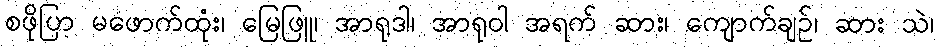
စဖိုပြာ မဖောက်ထုံး၊ မြေဖြူ၊ အာရုဒါ၊ အာရုဝါ အရက် ဆား၊ ကျောက်ချဉ်၊ ဆား သဲ၊